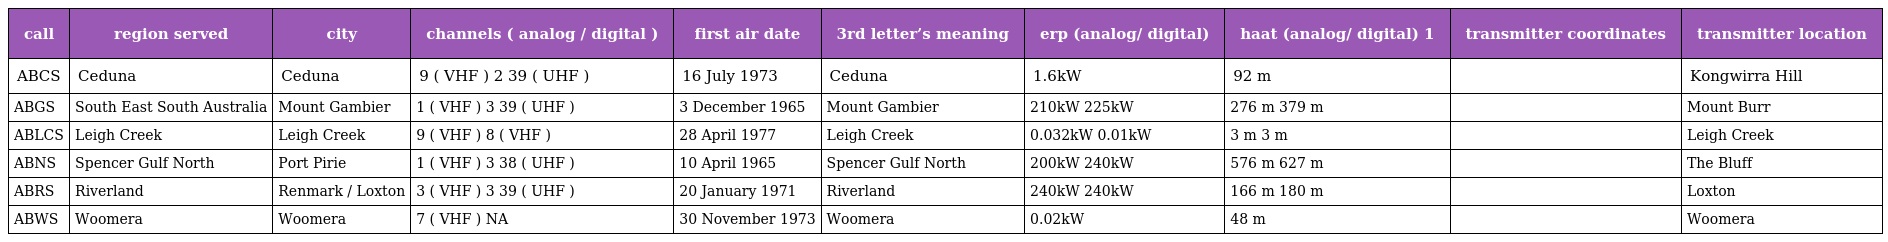
| call | region served | city | channels ( analog / digital ) | first air date | 3rd letter’s meaning | erp (analog/ digital) | haat (analog/ digital) 1 | transmitter coordinates | transmitter location |
 | --- | --- | --- | --- | --- | --- | --- | --- | --- | --- |
 | ABCS | Ceduna | Ceduna | 9 ( VHF ) 2 39 ( UHF ) | 16 July 1973 | Ceduna | 1.6kW | 92 m |  | Kongwirra Hill |
 | ABGS | South East South Australia | Mount Gambier | 1 ( VHF ) 3 39 ( UHF ) | 3 December 1965 | Mount Gambier | 210kW 225kW | 276 m 379 m |  | Mount Burr |
 | ABLCS | Leigh Creek | Leigh Creek | 9 ( VHF ) 8 ( VHF ) | 28 April 1977 | Leigh Creek | 0.032kW 0.01kW | 3 m 3 m |  | Leigh Creek |
 | ABNS | Spencer Gulf North | Port Pirie | 1 ( VHF ) 3 38 ( UHF ) | 10 April 1965 | Spencer Gulf North | 200kW 240kW | 576 m 627 m |  | The Bluff |
 | ABRS | Riverland | Renmark / Loxton | 3 ( VHF ) 3 39 ( UHF ) | 20 January 1971 | Riverland | 240kW 240kW | 166 m 180 m |  | Loxton |
 | ABWS | Woomera | Woomera | 7 ( VHF ) NA | 30 November 1973 | Woomera | 0.02kW | 48 m |  | Woomera |